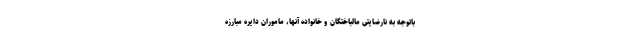
باتوجه به نارضایتی مالباختگان و خانواده آنها، ماموران دایره مبارزه